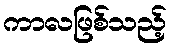
ကာလဖြစ်သည့်